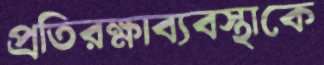
প্রতিরক্ষাব্যবস্থাকে